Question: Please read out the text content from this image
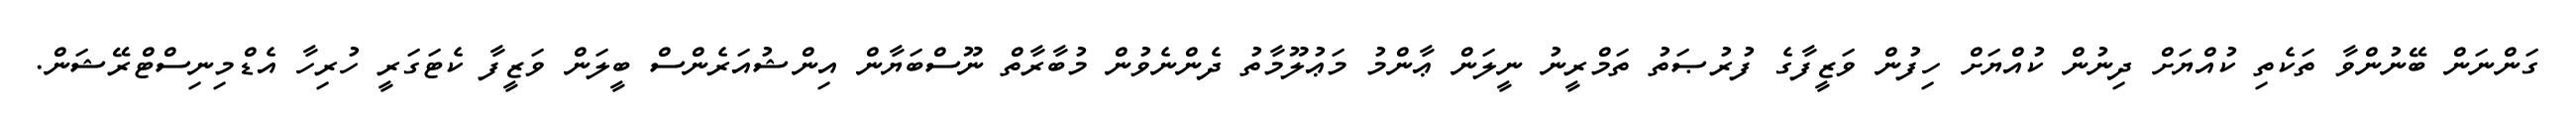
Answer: ގަންނަން ބޭނުންވާ ތަކެތި ކުއްޔަށް ދިނުން ކުއްޔަށް ހިފުން ވަޒީފާގެ ފުރުޞަތު ތަމްރީނު ނީލަން ޢާންމު މަޢުލޫމާތު ދެންނެވުން މުބާރާތް ނޫސްބަޔާން އިންޝުއަރެންސް ބީލަން ވަޒީފާ ކެޓަގަރީ ހުރިހާ އެޑްމިނިސްޓްރޭޝަން.